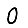
Digit: 0